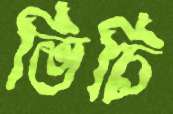
ভিচি